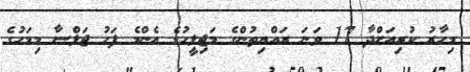
މިހާރު ކުރިއަށްދާ 17 ވަނަ ރައްޔިތުންގެ މަޖިލީހުގެ އެންމެ ފަހު ޖަލްސާ މިމަހުގެ